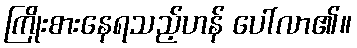
ကြိုးစားနေရသည့်ဟန် ပေါ်လာ၏။